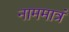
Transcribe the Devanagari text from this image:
नाममात्रं